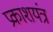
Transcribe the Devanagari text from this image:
प्रकाशयंत्र